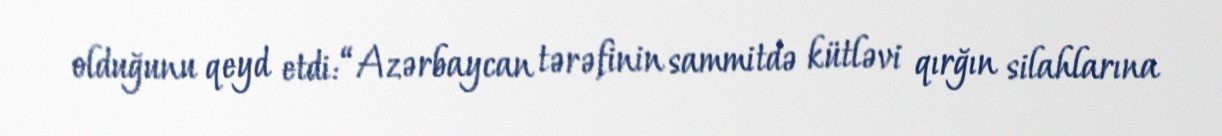
olduğunu qeyd etdi: “Azərbaycan tərəfinin sammitdə kütləvi qırğın silahlarına